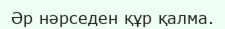
Әр нәрседен құр қалма.